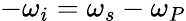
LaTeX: -\omega_{i}=\omega_{s}-\omega_{P}